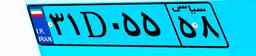
۳۸D۶۹۶۲۴